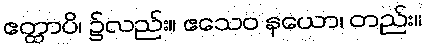
ဧတ္ထာပိ၊ ၌လည်း။ ဧသေဝ နယော၊ တည်း။